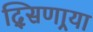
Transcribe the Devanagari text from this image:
दि्सणार्‍या